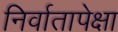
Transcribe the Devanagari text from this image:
निर्वातापेक्षा